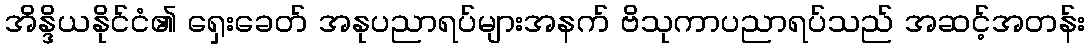
အိန္ဒိယနိုင်ငံ၏ ရှေးခေတ် အနုပညာရပ်များအနက် ဗိသုကာပညာရပ်သည် အဆင့်အတန်း